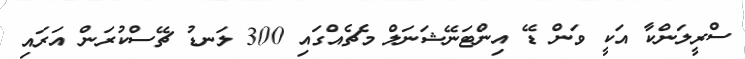
ސްރީލަންކާ އަކީ ވަން ޑޭ އިންޓަނޭޝަނަލް މެޗެއްގައި 300 ލަނޑު ޗޭސްކުރަން އަރައި